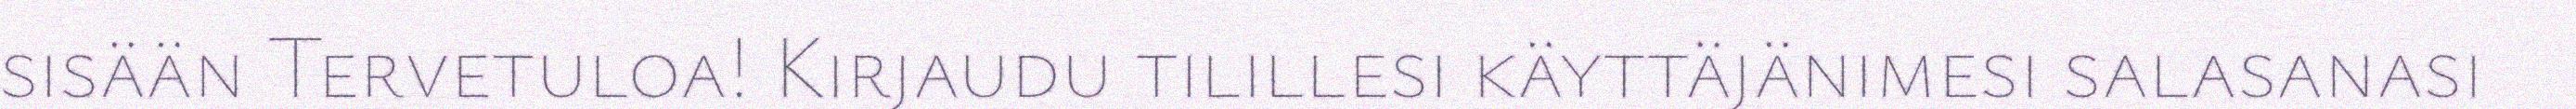
sisään Tervetuloa! Kirjaudu tilillesi käyttäjänimesi salasanasi